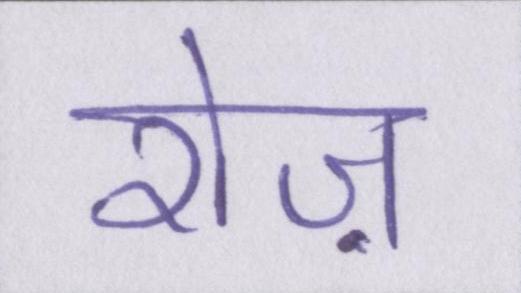
रोज़